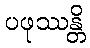
ပဖုဿန္တိ